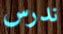
ندرس